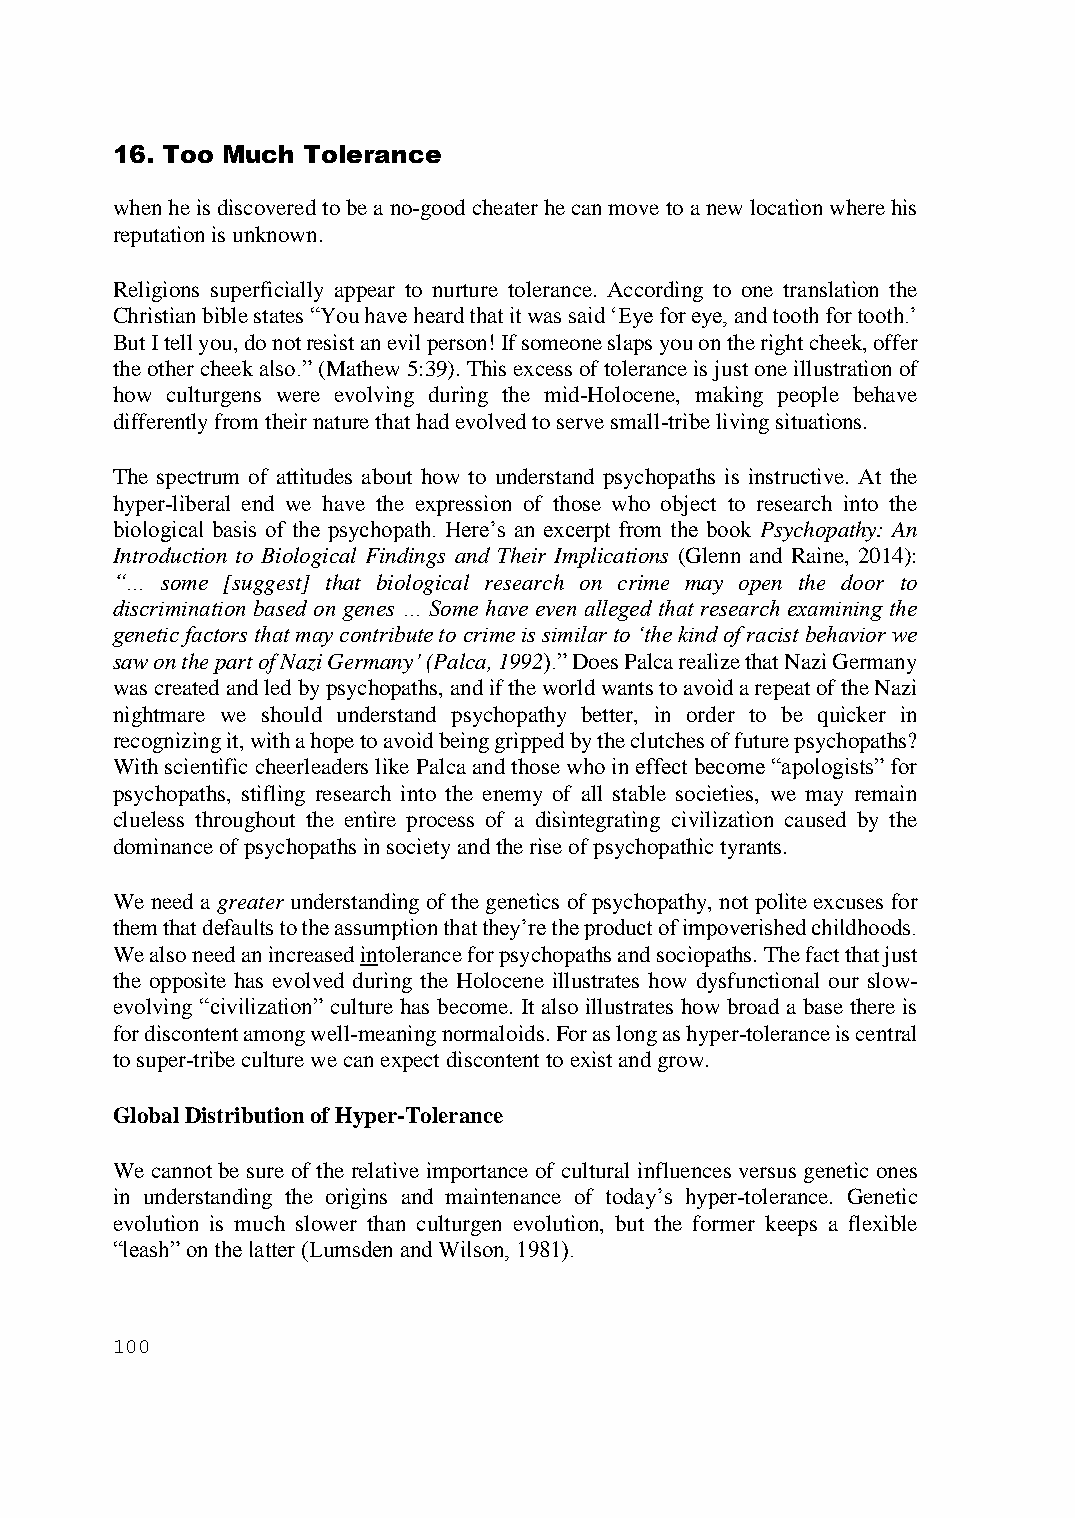
16. Too Much Tolerance
 when he is discovered to be a no-good cheater he can move to a new location where his
 reputation is unknown.
 Religions superficially appear to nurture tolerance. According to one translation the
 Christian bible states “You have heard that it was said ‘Eye for eye, and tooth for tooth.’
 But I tell you, do not resist an evil person! If someone slaps you on the right cheek, offer
 the other cheek also.” (Mathew 5:39). This excess of tolerance is just one illustration of
 how culturgens were evolving during the mid-Holocene, making people behave
 differently from their nature that had evolved to serve small-tribe living situations.
 The spectrum of attitudes about how to understand psychopaths is instructive. At the
 hyper-liberal end we have the expression of those who object to research into the
 biological basis of the psychopath. Here’s an excerpt from the book Psychopathy: An
 Introduction to Biological Findings and Their Implications (Glenn and Raine, 2014):
 “…  some [suggest] that biological research on crime may open the door to
 discrimination based on genes … Some have even alleged that research examining the
 genetic factors that may contribute to crime is similar to ‘the kind of racist behavior we
 saw on the part of Nazi Germany’ (Palca, 1992).” Does Palca realize that Nazi Germany
 was created and led by psychopaths, and if the world wants to avoid a repeat of the Nazi
 nightmare we should understand psychopathy better, in order to be quicker in
 recognizing it, with a hope to avoid being gripped by the clutches of future psychopaths?
 With scientific cheerleaders like Palca and those who in effect become “apologists” for
 psychopaths, stifling research into the enemy of all stable societies, we may remain
 clueless throughout the entire process of a disintegrating civilization caused by the
 dominance of psychopaths in society and the rise of psychopathic tyrants.
 We need a greater understanding of the genetics of psychopathy, not polite excuses for
 them that defaults to the assumption that they’re the product of impoverished childhoods.
 We also need an increased intolerance for psychopaths and sociopaths. The fact that just
 the opposite has evolved during the Holocene illustrates how dysfunctional our slow-
 evolving “civilization” culture has become. It also illustrates how broad a base there is
 for discontent among well-meaning normaloids. For as long as hyper-tolerance is central
 to super-tribe culture we can expect discontent to exist and grow.
 Global Distribution of Hyper-Tolerance
 We cannot be sure of the relative importance of cultural influences versus genetic ones
 in understanding the origins and maintenance of today’s hyper-tolerance. Genetic
 evolution is much slower than culturgen evolution, but the former keeps a flexible
 “leash” on the latter (Lumsden and Wilson, 1981).
 100